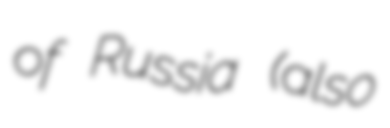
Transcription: of Russia (also